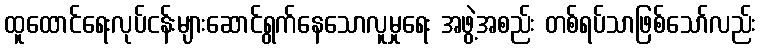
ထူထောင်ရေးလုပ်ငန်းများဆောင်ရွက်နေသောလူမှုရေး အဖွဲ့အစည်း တစ်ရပ်သာဖြစ်သော်လည်း